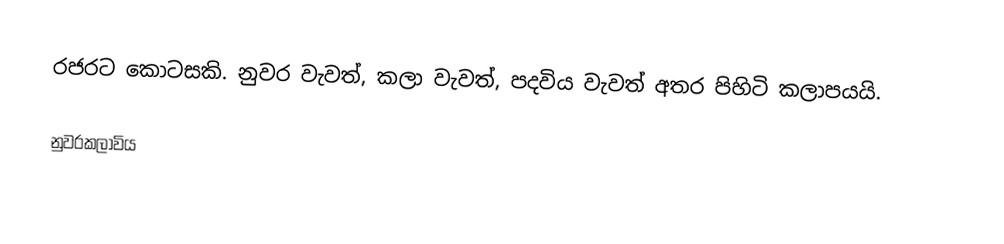
රජර‍ට කො‍ටසකි. නුවර වැවත්, කලා වැවත්, පදවිය වැවත් අතර පිහිටි කලාපයයි.

නුවරකලාවිය